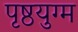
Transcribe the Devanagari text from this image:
पृष्ठयुग्म